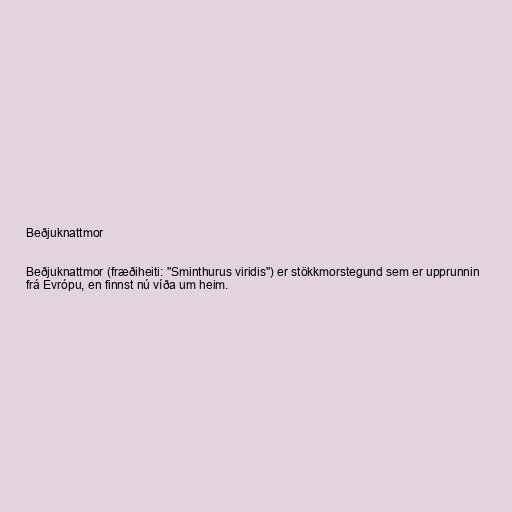
Beðjuknattmor

Beðjuknattmor (fræðiheiti: "Sminthurus viridis") er stökkmorstegund sem er upprunnin
frá Evrópu, en finnst nú víða um heim.